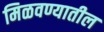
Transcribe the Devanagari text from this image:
मिळवण्यातील